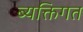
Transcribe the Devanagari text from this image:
ब्यक्तिगत